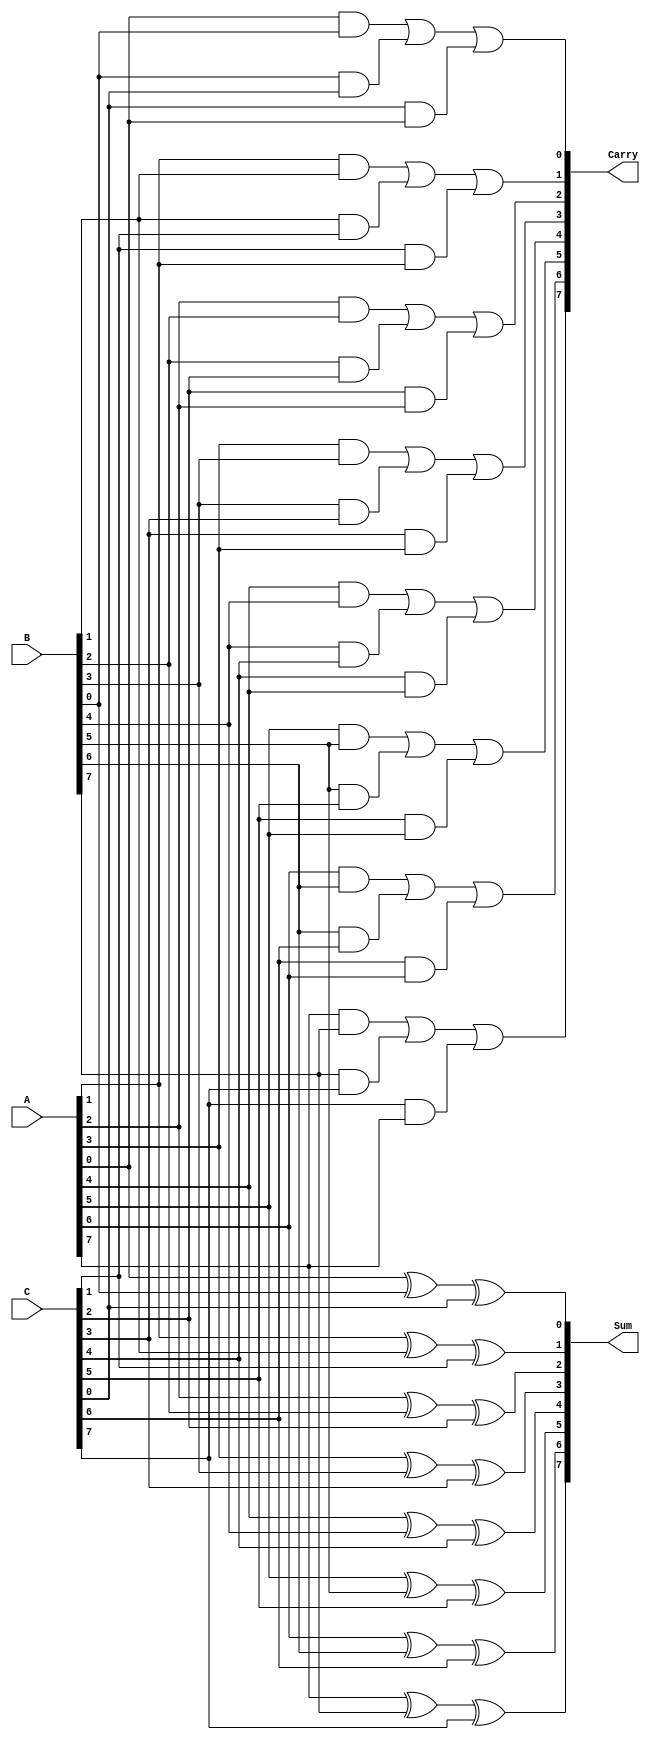
module CarrySaveAdder #(parameter n = 8) (
    input  [n-1:0] A,  // First n-bit input
    input  [n-1:0] B,  // Second n-bit input
    input  [n-1:0] C,  // Third n-bit input
    output [n-1:0] Sum, // n-bit sum output
    output [n-1:0] Carry // n-bit carry output
);

    // Generate the Sum and Carry outputs
    genvar i;
    generate
        for (i = 0; i < n; i = i + 1) begin : CSA
            // Sum is the XOR of A, B, and C
            assign Sum[i] = A[i] ^ B[i] ^ C[i];
            // Carry is the OR of the ANDs of the pairs
            assign Carry[i] = (A[i] & B[i]) | (B[i] & C[i]) | (C[i] & A[i]);
        end
    endgenerate

endmodule